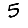
Digit: 5